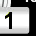
Digit: 1